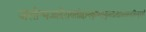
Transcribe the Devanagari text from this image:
जलोन्मज्जदैरावतोद्दानकुम्भस्फुरत्प्रस्खलत्सान्द्रसिन्दूररागे